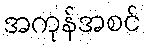
အကုန်အစင်